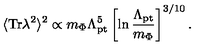
\langle \mathrm { T r } \lambda ^ { 2 } \rangle ^ { 2 } \propto m _ { \Phi } \Lambda _ { \mathrm { p t } } ^ { 5 } \left[ \ln \frac { \Lambda _ { \mathrm { p t } } } { m _ { \Phi } } \right] ^ { 3 / 1 0 } .